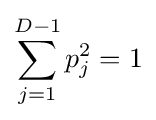
\sum _{j=1}^{D-1}p_{j}^{2}=1